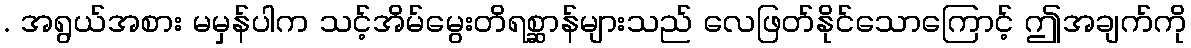
. အရွယ်အစား မမှန်ပါက သင့်အိမ်မွေးတိရစ္ဆာန်များသည် လေဖြတ်နိုင်သောကြောင့် ဤအချက်ကို